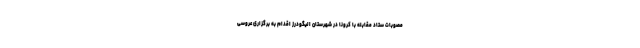
مصوبات ستاد مقابله با کرونا در شهرستان الیگودرز اقدام به برگزاری عروسی